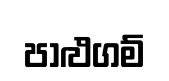
පාළුගම්